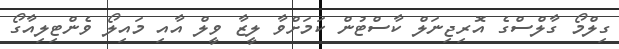
ގިލްމޯ ގާލްސްގެ އޮރިޖިނަލް ކާސްޓުން ކަމަށްވާ ލީޒާ ވީލް އާއި މައިލޯ ވެންޓިލިއާގޯ